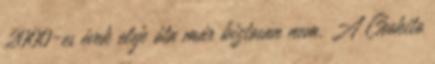
2000-es évek eleje óta már biztosan nem. A Chokito